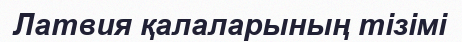
Латвия қалаларының тізімі